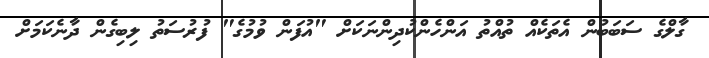
ގާލްގެ ސަބަބުން އެތަކެއް ތުއްތު އަންހެންކުދިންނަކަށް "އުފަން ވުމުގެ" ފުރުސަތު ލިބިގެން ދާނެކަމަށް